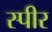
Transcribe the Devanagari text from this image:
स्पीर